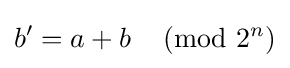
b'=a+b\,{\pmod {2^{n}}}